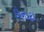
ડોનાટા